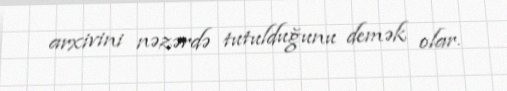
arxivini nəzərdə tutulduğunu demək olar.